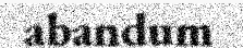
abandum